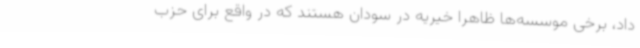
داد، برخی موسسه‌ها ظاهرا خیریه در سودان هستند که در واقع برای حزب